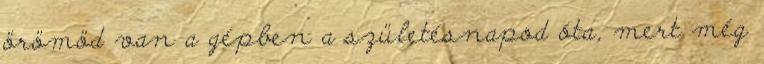
örömöd van a gépben a születésnapod óta, mert még